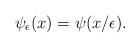
LaTeX: \begin{align*} \psi_\epsilon (x) = \psi (x / \epsilon) .\end{align*}